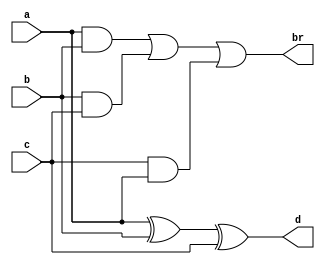

module fs_dataflow(a,b,c,d,br);
input a,b,c;
output wire d,br;
assign d= a^b^c;
assign br= (a&b)||(b&c)||(c&a);
endmodule